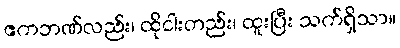
ဧကဘဏ်လည်း၊ ထိုငါးတည်း၊ ထူးပြီး သက်ရှိသာ။